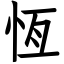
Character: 恆